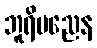
ဘူရိပညေန